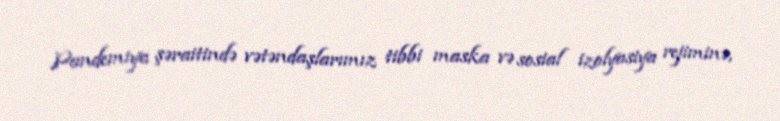
Pandemiya şəraitində vətəndaşlarımız tibbi maska və sosial izolyasiya rejiminə,